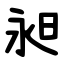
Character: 昶